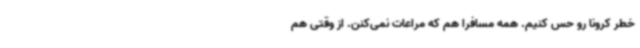
خطر کرونا رو حس کنیم. همه مسافرا هم که مراعات نمی‌کنن. از وقتی هم